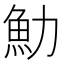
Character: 𩵓